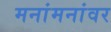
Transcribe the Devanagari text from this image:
मनांमनांवर